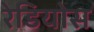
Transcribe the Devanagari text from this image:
रेडियोस